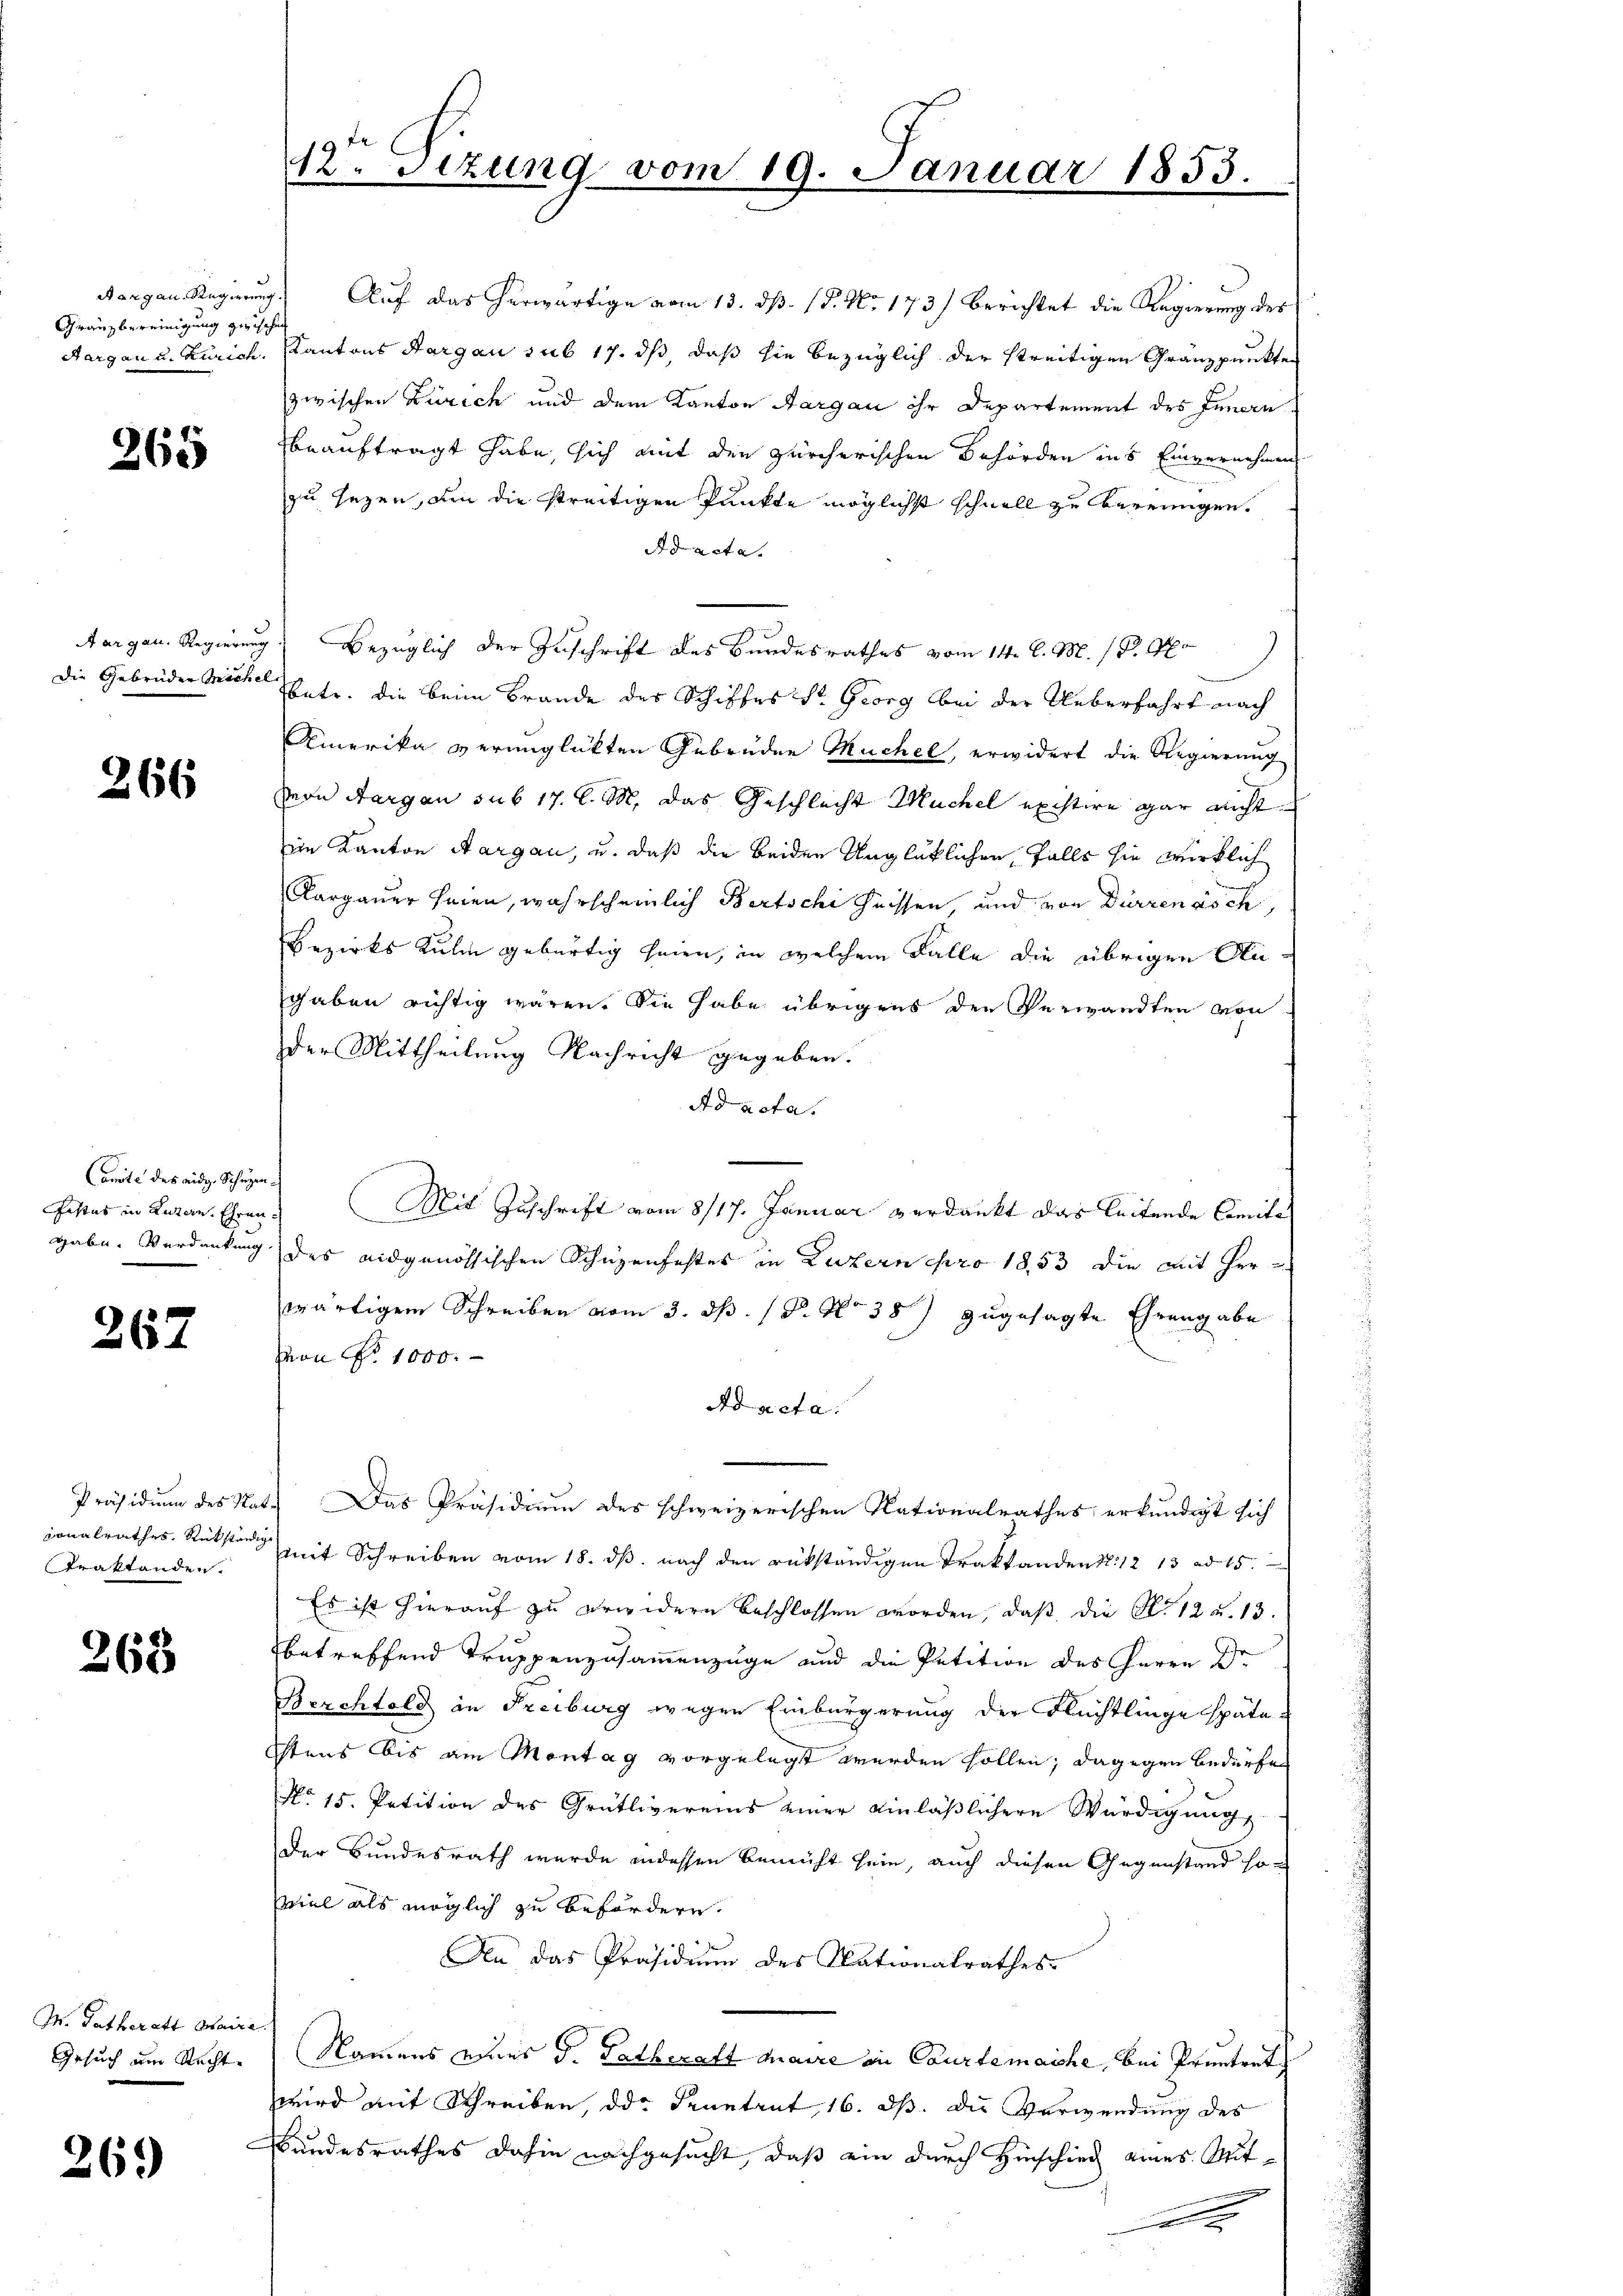
Gränzbereinigung zwischen

265

266

Camte des eidg. Schagen
Jestes in Luzern, Ehren

267

Präsidium des Na
ionalrathes, Rückständige
Traktanden.

268

M. Tatberatt Mai
Gesuch am Recht¬

26.)

Aargau, Regierung. Auf das herwärtige vom 13. dß. P. Nr. 173) berichtet die Regierung des
Aargau u. Zürich. Kantons Aargau sub 17. ds, daß sie bezüglich der streitigen Gränzpunkten
zwischen Zürich und dem Kanton Aargau ihr Departement des Innern
beauftragt habe, sich mit den zürcherischen Behörden ins Einvernehmen
zu sezen, um die streitigen Punkte möglichst schnell zu bereinigen.
Ad acta.
Aargau. Regierung Bezüglich der Zuschrift des Bundesrathes vom 14. d. M. 18. Apo
die Gebrüder Mich sehr, die beim Brande des Schiffes St. Georg bei der Ueberfahrt nach
Amerika verunglückten Gebrüder Müchel, erwidert die Regierung
von Aargau sub 17. d. M. das Geschlecht Muchel existire gar nicht
im Kanton Aargau, u. daß die beiden Unglüklichen Falls sie wirklich
Aargauer seien, wahrscheinlich Bertsche heissen, und von Dürrenasch,
Bezirks Kulin gebürtig seien, in welchem Falle die übrigen Augaben richtig wären. Sie habe übrigens den Verwandten von
der Mittheilung Nachricht gegeben.
Ad acta.
Mit Zuschrift vom 8/17. Januar verdankt das leitende Comita
gabe. Verdankung des eidgenössischen Schüzenfestes in Luzern pro 1853 die mit Her
wärtigem Schreiben vom 3. ds. P. No 38) zugesagte Ehrengabe
Hon No 1000.
Ad acta.
at. Das Präsidium des schweizerischen Nationalrathes erkundigt sich
mit Schreiben vom 18. ds. nach den rükständigen Traktanden 12 13 ad 15.
Es ist hierauf zu erwendern beschlossen worden, daß die No 12 u. 13.
betreffend Truppenzusammenzüge und die Petition des Herrn Dr.
Berchtold in Freiburg wegen Einbürgerung der Flüchtlinge späte
htens bis am Montag vorgelegt werden sollen; dagegen bedürfen
e
No 15. Petition des Grütlivereins einer einläßlichere Würdigung
der Bundesrath wurde indessen Bemüht sein, auch diesen Gegenstand so-
viel als möglich zu befördern.
An das Präsidium des Nationalrathes
Namens eines d. Tatberatt Maire in Caurtemaiche, bei Pruntrut
wird mit Schreiben, die Beantrut, 16. dß. Die Verwendung des
Bundesrathes dahin nachgesucht, daß ein durch Hinschied eines Mitn
.

12. Sizung vom 19. Januar 1853.